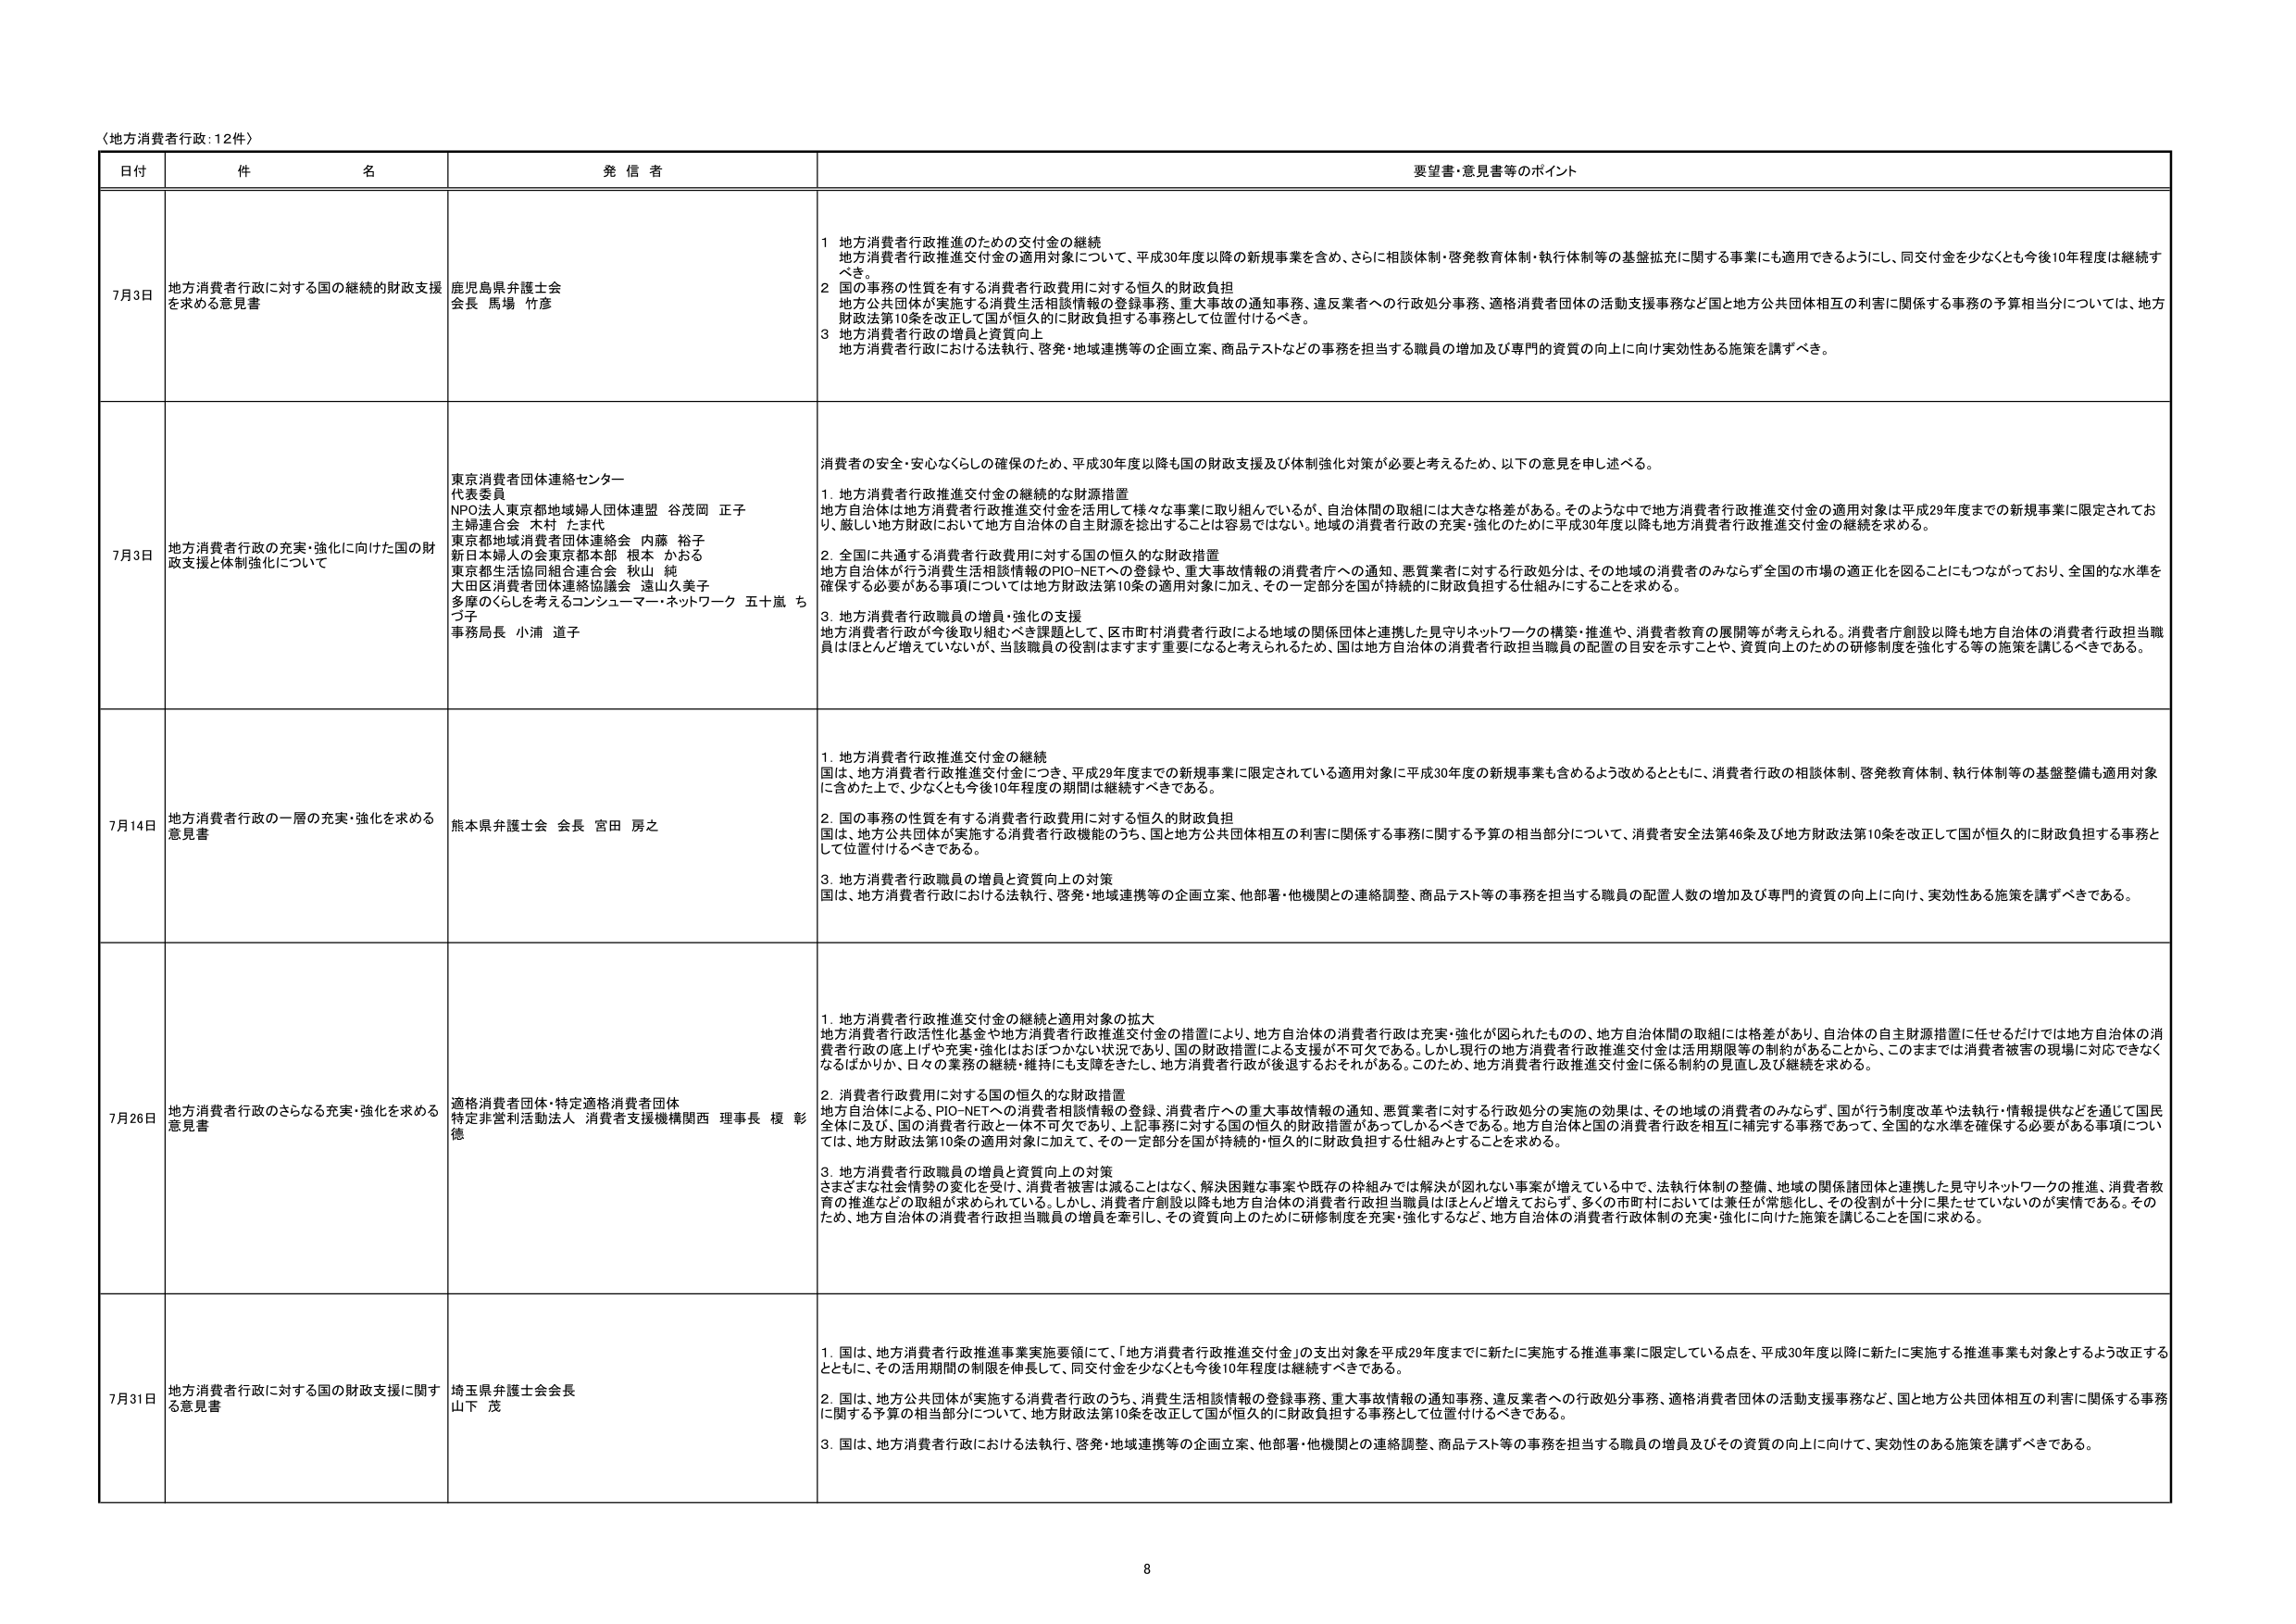
〈地方消費者行政：12件〉

日付 件 名 発信者 要望書・意見書等のポイント

7月3日 地方消費者行政に対する国の継続的財政支援を求める意見書 鹿児島県弁護士会 会長 馬場 竹彦
1 地方消費者行政推進のための交付金の継続
地方消費者行政推進交付金の適用対象について、平成30年度以降の新規事業を含め、さらに相談体制・啓発教育体制・執行体制等の基盤拡充に関する事業にも適用できるようにし、同交付金を少なくとも今後10年程度は継続すべき。
2 国の事務の性質を有する消費者行政費用に対する恒久的財政負担
地方公共団体が実施する消費生活相談情報の登録事務、重大事故の通知事務、違反業者への行政処分事務、適格消費者団体の活動支援事務など国と地方公共団体相互の利害に関係する事務の予算相当分については、地方財政法第10条を改正して国が恒久的に財政負担する事務として位置付けるべき。
3 地方消費者行政の増員と資質向上
地方消費者行政における法執行、啓発・地域連携等の企画立案、商品テストなどの事務を担当する職員の増加及び専門的資質の向上に向け実効性ある施策を講ずべき。

7月3日 地方消費者行政の充実・強化に向けた国の財政支援と体制強化について 東京消費者団体連絡センター 代表委員 NPO法人東京都地域婦人団体連盟 谷茂岡 正子 主婦連合会 木村 たま代 東京都地域消費者団体連絡会 内藤 裕子 新日本婦人の会東京都本部 根本 かおる 東京都生活協同組合連合会 秋山 純 大田区消費者団体連絡協議会 遠山久美子 多摩のくらしを考えるコンシューマー・ネットワーク 五十嵐 ちづ子 事務局長 小浦 道子
消費者の安全・安心ならしの確保のため、平成30年度以降も国の財政支援及び体制強化対策が必要と考えるため、以下の意見を申し述べる。
1. 地方消費者行政推進交付金の継続的な財源措置
地方自治体は地方消費者行政推進交付金を活用して様々な事業に取り組んでいるが、自治体間の取組には大きな格差がある。そのような中で地方消費者行政推進交付金の適用対象は平成29年度までの新規事業に限定されており、厳しい地方財政において地方自治体の自主財源を捻出することは容易ではない。地域の消費者行政の充実・強化のために平成30年度以降も地方消費者行政推進交付金の継続を求める。
2. 全国に共通する消費者行政費用に対する国の恒久的な財政措置
地方自治体が行う消費生活相談情報のPIO-NETへの登録や、重大事故情報の消費者庁への通知、悪質業者に対する行政処分は、その地域の消費者のみならず全国の市場の適正化を図ることにもつながっており、全国的な水準を確保する必要がある事項については地方財政法第10条の適用対象に加え、その一定部分を国が持続的に財政負担する仕組みにすることを求める。
3. 地方消費者行政職員の増員・強化の支援
地方消費者行政が今後取り組むべき課題として、区市町村消費者行政による地域の関係団体と連携した見守りネットワークの構築・推進や、消費者教育の展開等が考えられる。消費者庁創設以降も地方自治体の消費者行政担当職員はほとんど増えていないが、当該職員の役割はますます重要になると考えられるため、国は地方自治体の消費者行政担当職員の配置の目安を示すことや、資質向上のための研修制度を強化する等の施策を講じるべきである。

7月14日 地方消費者行政の一層の充実・強化を求める意見書 熊本県弁護士会 会長 宮田 房之
1. 地方消費者行政推進交付金の継続
国は、地方消費者行政推進交付金につき、平成29年度までの新規事業に限定されている適用対象に平成30年度の新規事業も含めるよう改めるとともに、消費者行政の相談体制、啓発教育体制、執行体制等の基盤整備も適用対象に含めた上で、少なくとも今後10年程度の期間は継続すべきである。
2. 国の事務の性質を有する消費者行政費用に対する恒久的財政負担
国は、地方公共団体が実施する消費者行政機能のうち、国と地方公共団体相互の利害に関係する事務に関する予算の相当部分について、消費者安全法第46条及び地方財政法第10条を改正して国が恒久的に財政負担する事務として位置付けるべきである。
3. 地方消費者行政職員の増員と資質向上の対策
国は、地方消費者行政における法執行、啓発・地域連携等の企画立案、他部署・他機関との連絡調整、商品テスト等の事務を担当する職員の配置人数の増加及び専門的資質の向上に向け、実効性ある施策を講ずべきである。

7月26日 地方消費者行政のさらなる充実・強化を求める意見書 適格消費者団体・特定適格消費者団体 特定非営利活動法人 消費者支援機構関西 理事長 榎 彰徳
1. 地方消費者行政推進交付金の継続と適用対象の拡大
地方消費者行政活性化基金や地方消費者行政推進交付金の措置により、地方自治体の消費者行政は充実・強化が図られたものの、地方自治体間の取組には格差があり、自治体の自主財源措置に任せるだけでは地方自治体の消費者行政の底上げや充実・強化はおろかかない状況であり、国の財政措置による支援が不可欠である。しかし現行の地方消費者行政推進交付金は活用期限等の制約があることから、このままでは消費者被害の現場に対応できなくなるばかりか、日々の業務の継続・維持にも支障をきたし、地方消費者行政が後退するおそれがある。このため、地方消費者行政推進交付金に係る制約の見直し及び継続を求める。
2. 消費者行政費用に対する国の恒久的な財政措置
地方自治体による、PIO-NETへの消費者相談情報の登録、消費者庁への重大事故情報の通知、悪質業者に対する行政処分の実施の効果は、その地域の消費者のみならず、国が行う制度改革や法執行・情報提供などを通じて国民全体に及び、国の消費者行政と一体不可欠であり、上記事務に対する国の恒久的財政措置がおろかなくべきである。地方自治体と国の消費者行政を相互に補完する事務であって、全国的な水準を確保する必要がある事項については、地方財政法第10条の適用対象に加えて、その一定部分を国が持続的・恒久的に財政負担する仕組みとすることを求める。
3. 地方消費者行政職員の増員と資質向上の対策
さまざまな社会情勢の変化を受け、消費者被害は減ることはなく、解決困難な事案や既存の枠組みでは解決が図れない事案が増えていく中で、法執行体制の整備、地域の関係諸団体と連携した見守りネットワークの推進、消費者教育の推進などの取組が求められている。しかし、消費者庁創設以降も地方自治体の消費者行政担当職員はほとんど増えておらず、多くの市町村においては兼任が常態化し、その役割が十分に果たせていないのが実情である。そのため、地方自治体の消費者行政担当職員の増員を牽引し、その資質向上のために研修制度を充実・強化するなど、地方自治体の消費者行政体制の充実・強化に向けた施策を講じることを国に求める。

7月31日 地方消費者行政に対する国の財政支援に関する意見書 埼玉県弁護士会会長 山下 茂
1. 国は、地方消費者行政推進事業実施要領にて、「地方消費者行政推進交付金」の支出対象を平成29年度までに新たに実施する推進事業に限定している点を、平成30年度以降に新たに実施する推進事業も対象とするよう改正するとともに、その活用期間の制限を伸長して、同交付金を少なくとも今後10年程度は継続すべきである。
2. 国は、地方公共団体が実施する消費者行政のうち、消費生活相談情報の登録事務、重大事故情報の通知事務、違反業者への行政処分事務、適格消費者団体の活動支援事務など、国と地方公共団体相互の利害に関係する事務に関する予算の相当部分について、地方財政法第10条を改正して国が恒久的に財政負担する事務として位置付けるべきである。
3. 国は、地方消費者行政における法執行、啓発・地域連携等の企画立案、他部署・他機関との連絡調整、商品テスト等の事務を担当する職員の増員及びその資質の向上に向け、実効性のある施策を講ずべきである。

8